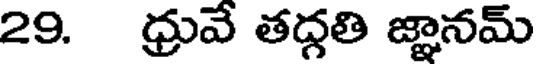
29. ధ్రువే తద్గతి జ్ఞానమ్